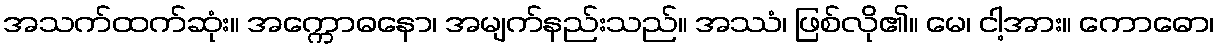
အသက်ထက်ဆုံး။ အက္ကောဓနော၊ အမျက်နည်းသည်။ အဿံ၊ ဖြစ်လို၏။ မေ၊ ငါ့အား။ ကောဓော၊